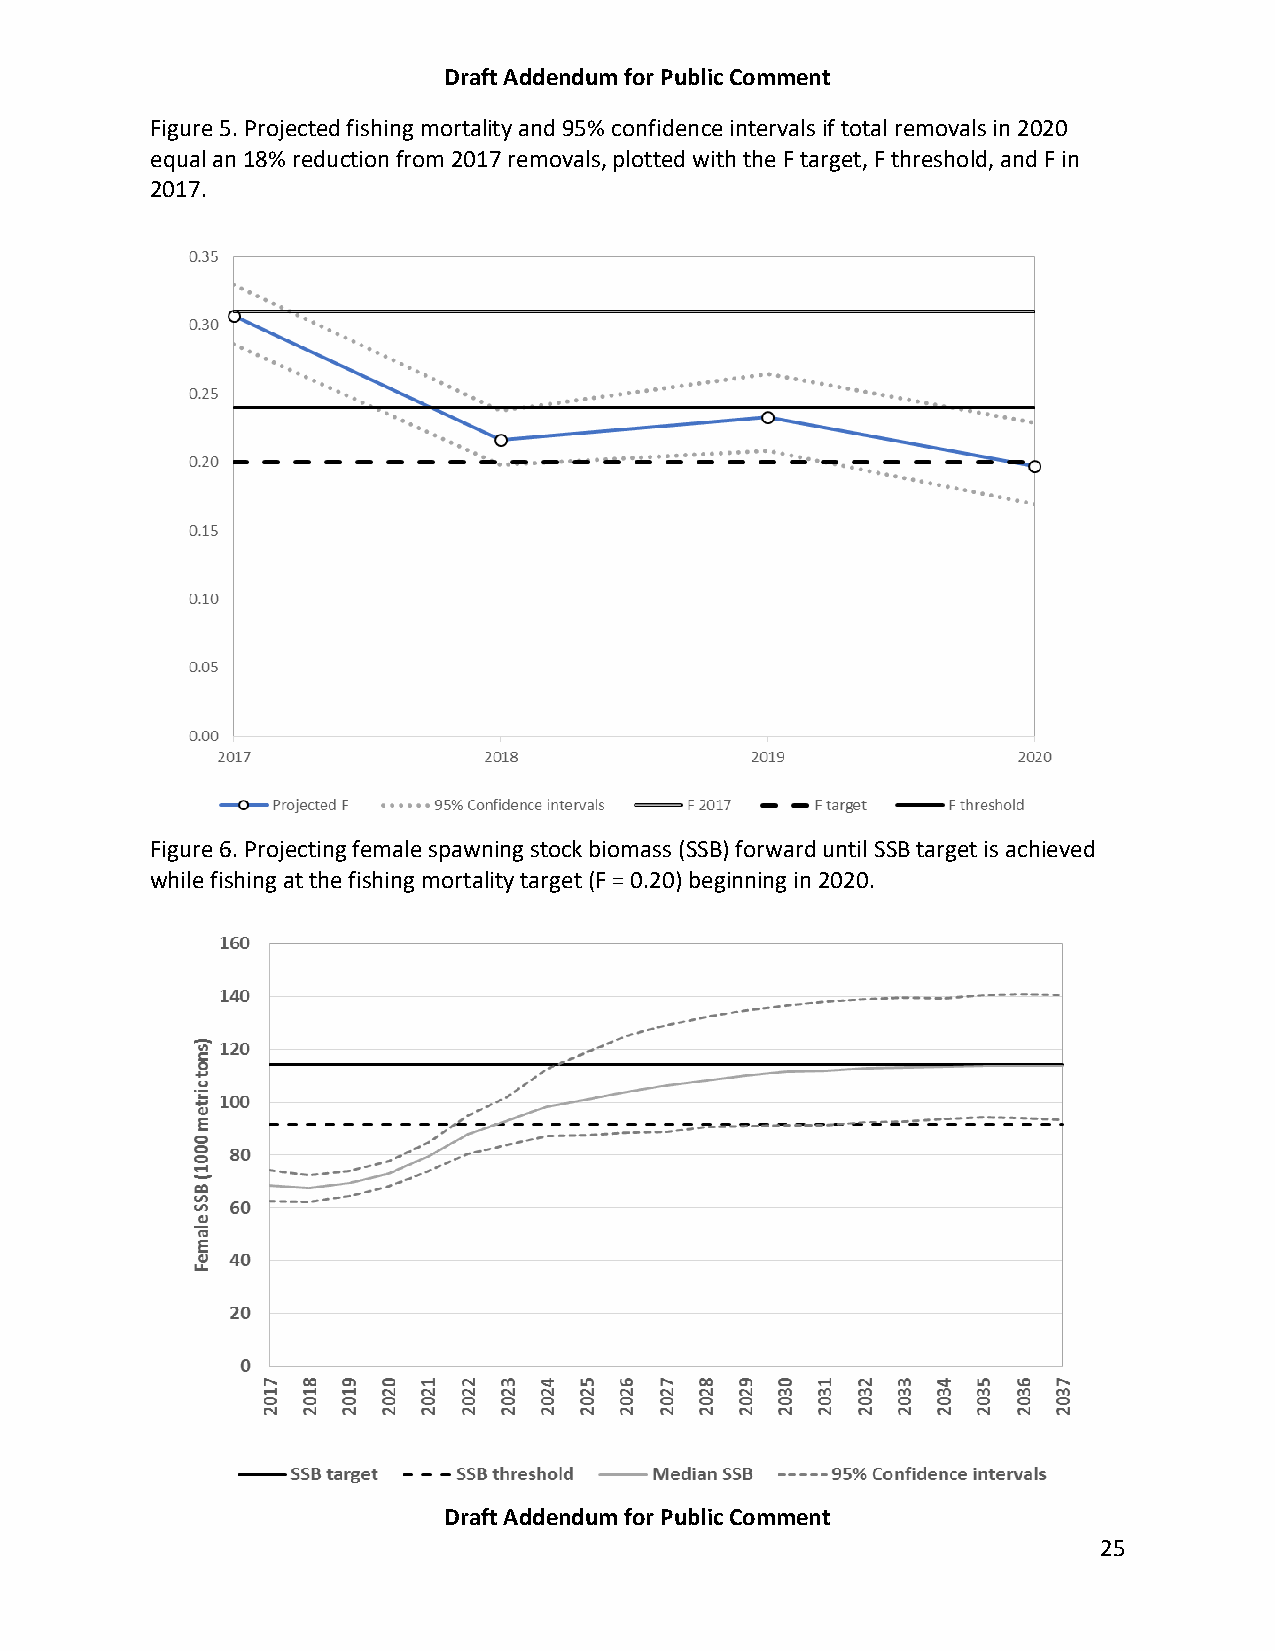
Draft Addendum for Public Comment
 Figure 5. Projected fishing mortality and 95% confidence intervals if total removals in 2020
 equal an 18% reduction from 2017 removals, plotted with the F target, F threshold, and F in
 2017.
 Figure 6. Projecting female spawning stock biomass (SSB) forward until SSB target is achieved
 while fishing at the fishing mortality target (F = 0.20) beginning in 2020.
 Draft Addendum for Public Comment
 25